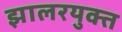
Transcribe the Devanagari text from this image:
झालरयुक्त